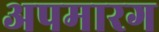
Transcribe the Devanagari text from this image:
अपमारग